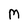
Character: M